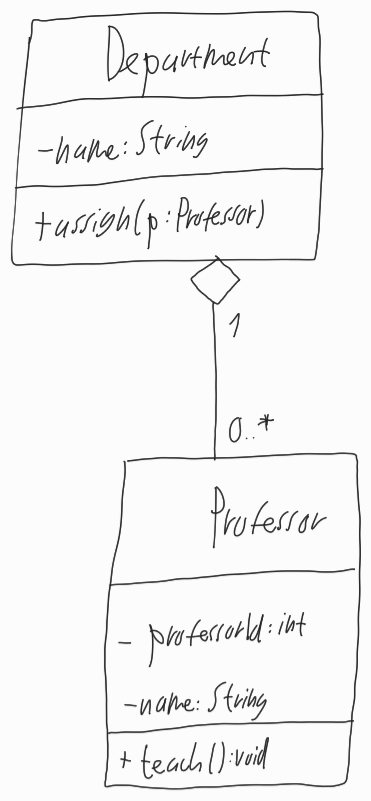
Diagram type: class_diagram
```plantuml
@startuml

class Department {
  - name: String
  + assign(p: Professor)
}

class Professor {
  - professorId: int
  - name: String
  + teach(): void
}

Department "1" o-- "0..*" Professor

@enduml
```